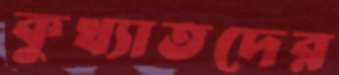
কুখ্যাতদের